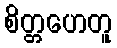
စိတ္တဟေတူ